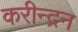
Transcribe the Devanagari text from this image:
करीन्द्रन